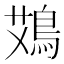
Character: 鴱